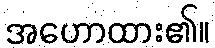
အဟောထား၏။